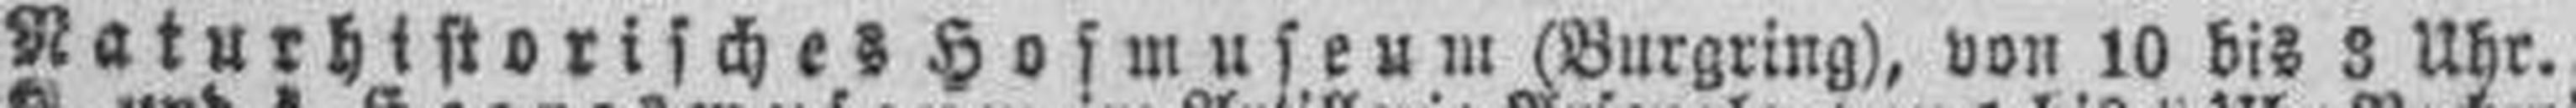
Naturhistorisches Hofmuseum (Burgring), von 10 bis 3 Uhr.